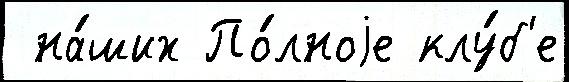
 на́ших По́лноjе клу́б'е